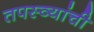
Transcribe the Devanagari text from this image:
तपस्व्यांची